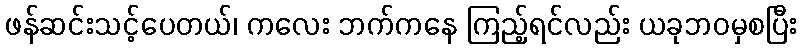
ဖန်ဆင်းသင့်ပေတယ်၊ ကလေး ဘက်ကနေ ကြည့်ရင်လည်း ယခုဘဝမှစပြီး